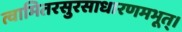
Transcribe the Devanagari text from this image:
त्वामितरसुरसाधारणमभूत्।